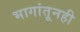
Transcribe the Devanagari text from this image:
भागांतूनही